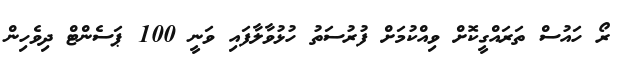
ރޯ ހައުސް ތަރައްގީކޮށް ވިއްކުމަށް ފުރުސަތު ހުޅުވާލާފައި ވަނީ 100 ޕަސެންޓް ދިވެހިން